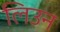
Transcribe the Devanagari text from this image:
लिउन